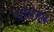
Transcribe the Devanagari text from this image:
गोनेगल